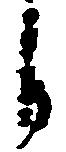
自